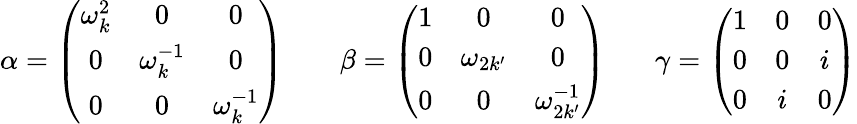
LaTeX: \alpha=\left(\begin{array}{ccc}{{\omega_{k}^{2}}}&{{0}}&{{0}}\\ {{0}}&{{\omega_{k}^{-1}}}&{{0}}\\ {{0}}&{{0}}&{{\omega_{k}^{-1}}}\end{array}\right)~~~~~~~~\beta=\left(\begin{array}{ccc}{{1}}&{{0}}&{{0}}\\ {{0}}&{{\omega_{2k^{\prime}}}}&{{0}}\\ {{0}}&{{0}}&{{\omega_{2k^{\prime}}^{-1}}}\end{array}\right)~~~~~~~\gamma=\left(\begin{array}{ccc}{{1}}&{{0}}&{{0}}\\ {{0}}&{{0}}&{{i}}\\ {{0}}&{{i}}&{{0}}\end{array}\right)